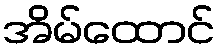
အိမ်ထောင်